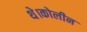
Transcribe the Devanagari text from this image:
थे।कोलीन